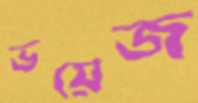
ভয়েজ